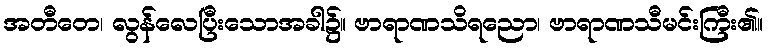
အတီတေ၊ လွန်လေပြီးသောအခါ၌။ ဗာရာဏသိရညော၊ ဗာရာဏသီမင်းကြီး၏။